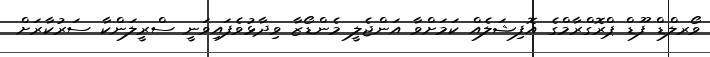
ވޯރލްޑް ފޫޑް ޕްރޮގްރާމްގެ އޮފިޝަލެއް ކަމަށްވާ އަންޖެލީ މެންޑޯޒާ ވިދާޅުވެފައިވަނީ ސްރީލަންކާ ސަރުކާރަށް